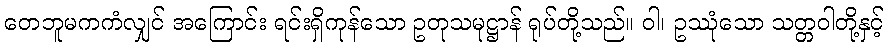
တေဘူမကကံလျှင် အကြောင်း ရင်းရှိကုန်သော ဥတုသမုဋ္ဌာန် ရုပ်တို့သည်။ ဝါ၊ ဥဿုံသော သတ္တဝါတို့နှင့်